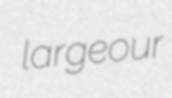
largeour